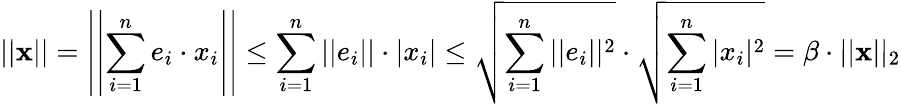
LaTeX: ||{\textbf{x}}||=\left|\left|\sum_{i=1}^{n}e_{i}\cdot x_{i}\right|\right|\leq\sum_{i=1}^{n}||e_{i}||\cdot|x_{i}|\leq{\sqrt{\sum_{i=1}^{n}||e_{i}||^{2}}}\cdot{\sqrt{\sum_{i=1}^{n}|x_{i}|^{2}}}=\beta\cdot||{\textbf{x}}||_{2}